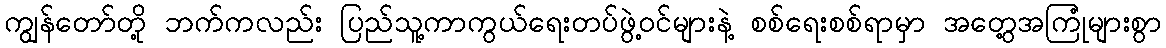
ကျွန်တော်တို့ ဘက်ကလည်း ပြည်သူ့ကာကွယ်ရေးတပ်ဖွဲ့ဝင်များနဲ့ စစ်ရေးစစ်ရာမှာ အတွေ့အကြုံများစွာ